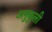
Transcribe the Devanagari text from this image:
अनुकुली